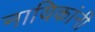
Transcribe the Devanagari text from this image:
नायिकांनी